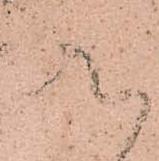
被